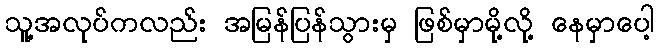
သူ့အလုပ်ကလည်း အမြန်ပြန်သွားမှ ဖြစ်မှာမို့လို့ နေမှာပေါ့